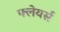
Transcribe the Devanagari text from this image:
फ्लेयर्स